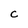
Character: C